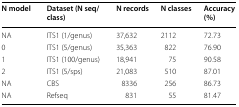
<table><thead><tr><td><b>N model</b></td><td><b>Dataset (N seq/class)</b></td><td><b>N records</b></td><td><b>N classes</b></td><td><b>Accuracy (%)</b></td></tr></thead><tbody><tr><td>NA</td><td>ITS1 (1/genus)</td><td>37,632</td><td>2112</td><td>72.73</td></tr><tr><td>0</td><td>ITS1 (5/genus)</td><td>35,363</td><td>822</td><td>76.90</td></tr><tr><td>1</td><td>ITS1 (100/genus)</td><td>18,941</td><td>75</td><td>90.58</td></tr><tr><td>2</td><td>ITS1 (5/sps)</td><td>21,083</td><td>510</td><td>87.01</td></tr><tr><td>NA</td><td>CBS</td><td>8336</td><td>256</td><td>86.73</td></tr><tr><td>NA</td><td>Refseq</td><td>831</td><td>55</td><td>81.47</td></tr></tbody></table>